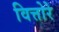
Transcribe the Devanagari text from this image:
वित्तोरे